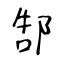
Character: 郜